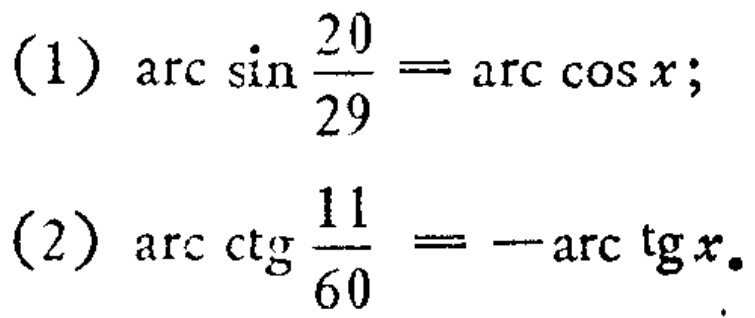
(1) \(\arcsin\frac{20}{29}=\arccos x\);
(2) \(\text{arc}\cot\frac{11}{60}=-\arctan x\).